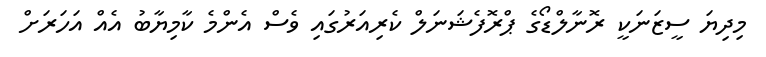
މިދިޔަ ސީޒަނަކީ ރޮނާލްޑޯގެ ޕްރޮފެޝަނަލް ކެރިއަރުގައި ވެސް އެންމެ ކާމިޔާބު އެއް އަހަރަށް